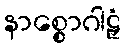
နာစ္စောဂါဠှံ